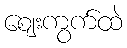
ဈေးကွက်ထဲ